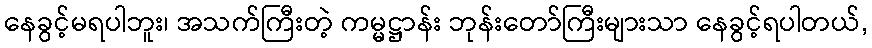
နေခွင့်မရပါဘူး၊ အသက်ကြီးတဲ့ ကမ္မဋ္ဌာန်း ဘုန်းတော်ကြီးများသာ နေခွင့်ရပါတယ်,